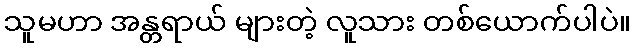
သူမဟာ အန္တရာယ် များတဲ့ လူသား တစ်ယောက်ပါပဲ။